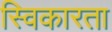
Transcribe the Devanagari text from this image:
स्विकारता